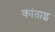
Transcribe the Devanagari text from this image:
कांताइ